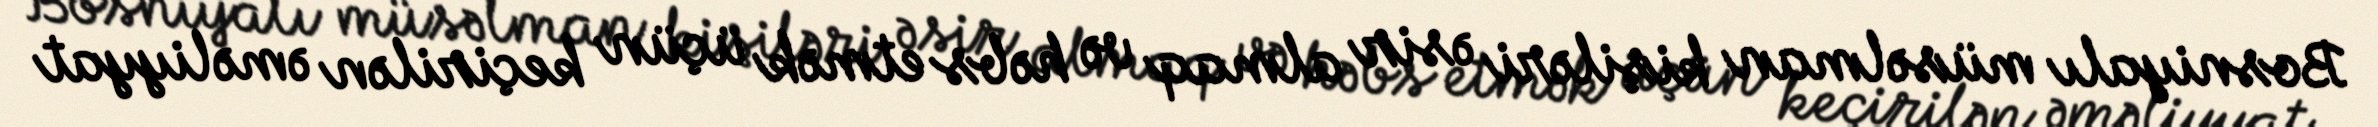
Bosniyalı müsəlman kişiləri əsir almaq və həbs etmək üçün keçirilən əməliyyat